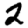
Digit: 2